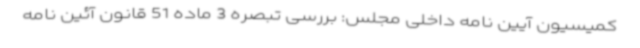
کمیسیون آیین نامه داخلی مجلس: بررسی تبصره 3 ماده 51 قانون آئین نامه